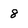
Character: 8